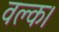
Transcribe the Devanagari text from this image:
वल्क।